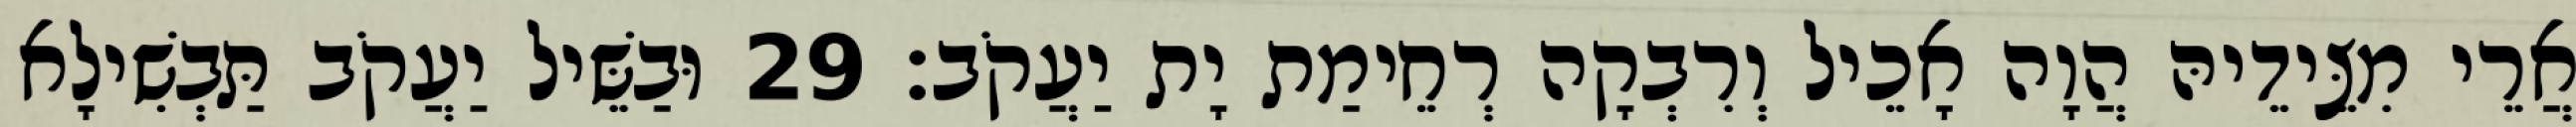
אֲרֵי מִצֵּידֵיהּ הֲוָה אָכֵיל וְרִבְקָה רְחֵימַת יָת יַעֲקֹב׃ 29 וּבַשֵּׁיל יַעֲקֹב תַּבְשִׁילָא